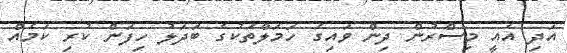
އަދި އެއީ މިސްރުން ދިން ވައިގެ ހަމަލާތަކުގެ ބަދަލު ހިފަން ކުރި ކަމެއް